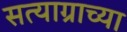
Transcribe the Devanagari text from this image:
सत्याग्राच्या